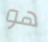
هو